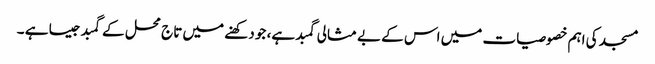
مسجد کی اہم خصوصیات میں اس کے بے مثالی گمبد ہے، جو دکھنے میں تاج محل کے گمبد جیسا ہے ۔